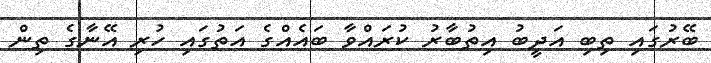
ބޭރުގައި ތިބި އަދީބު އިތުބާރު ކުރައްވާ ބައެއްގެ އަތުގައި ހުރި އޭނާގެ ތިން